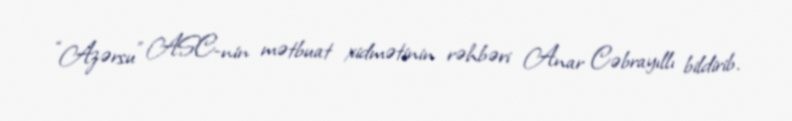
“Azərsu” ASC-nin mətbuat xidmətinin rəhbəri Anar Cəbrayıllı bildirib.